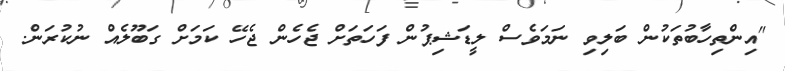
"އިންތިހާބުތަކުން ބަލިވި ނަމަވެސް ލީޑަޝިޕުން ފަހަތަށް ޖެހެން ޖެހޭ ކަމަށް ގަބޫލެއް ނުކުރަން.